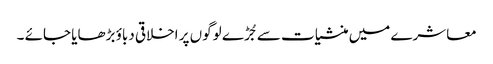
معاشرے میں منشیات سے جُڑے لوگوں پر اخلاقی دباؤ بڑھایا جائے ۔